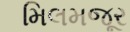
મિલમજૂર